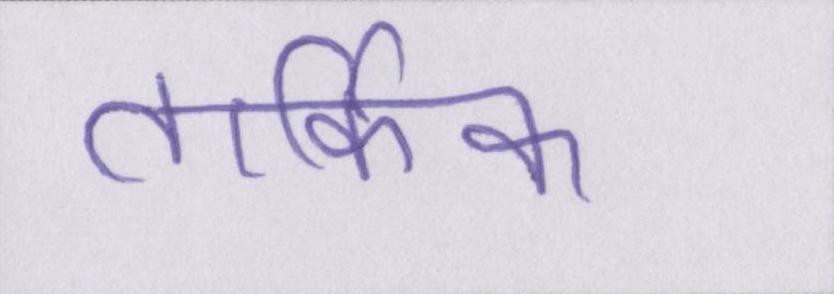
तार्किक